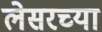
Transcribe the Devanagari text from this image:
लेसरच्या